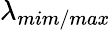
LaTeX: \lambda_{mim/max}